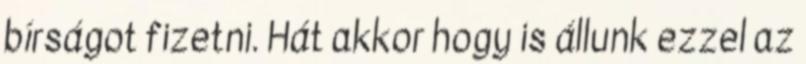
bírságot fizetni. Hát akkor hogy is állunk ezzel az